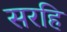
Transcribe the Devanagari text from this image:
सरहि